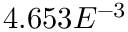
4 . 6 5 3 E ^ { - 3 }